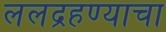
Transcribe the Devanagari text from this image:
ललद्रहण्याचा